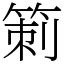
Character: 箣